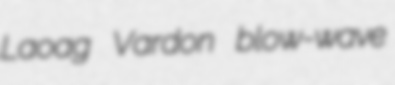
Laoag Vardon blow-wave